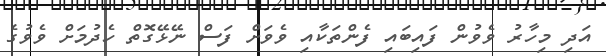
އަދި މިހާރު ވެވުން ފައިބައި ފެންތަކާއި ވެވަށް ފަސް ނޭޅޭގޮތް ހެދުމަށް ވެވުގެ